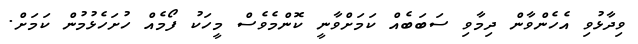
ވިދާޅުވި އެހެންވާން ދިމާވި ސަބަބެއް ކަމަށްވާނީ ކޮންމެވެސް މީހަކު ފޯމެއް ހުށަހެޅުމުން ކަމަށް.